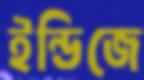
ইন্ডিজে